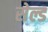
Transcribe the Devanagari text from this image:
सेल्ड